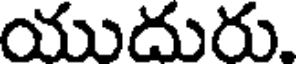
యుదురు.